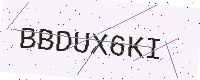
Text: BBDUX6KI